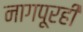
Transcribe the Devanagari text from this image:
नागपूरही